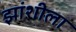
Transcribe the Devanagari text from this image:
झांशीला